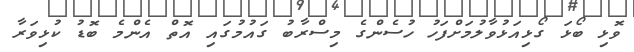
ވޮޅި ބޯޅަ ގޯޅިއަޅުވާލުމަށްފަހު ހުސެންގެ މިސްރާބު ގައުމުގައި އޮތް އެންމެ ބޮޑު ކުޅިވަރާ